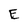
Character: E